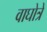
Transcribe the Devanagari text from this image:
वाघोत्रे